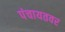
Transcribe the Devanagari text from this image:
पंचायतवर